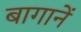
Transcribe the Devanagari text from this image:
बागानें